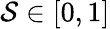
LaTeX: \mathcal{S}\in[0,1]